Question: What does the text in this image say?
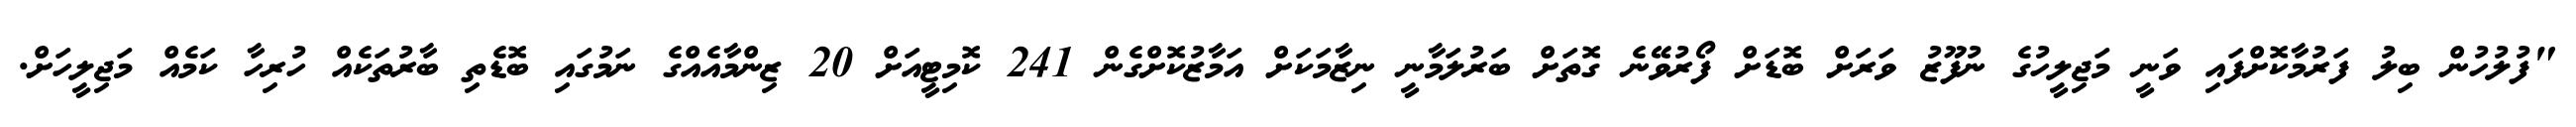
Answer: "ފުލުހުން ބިލު ފަރުމާކޮށްފައި ވަނީ މަޖިލީހުގެ ނުފޫޒު ވަރަށް ބޮޑަށް ފޯރުވޭނެ ގޮތަށް ބަރުލަމާނީ ނިޒާމަކަށް އަމާޒުކޮށްގެން 241 ކޮމިޓީއަށް 20 ޒިންމާއެއްގެ ނަމުގައި ބޮޑެތި ބާރުތަކެއް ހުރިހާ ކަމެއް މަޖިލީހަށް.